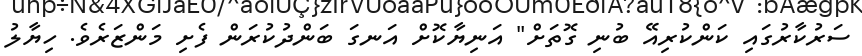
ސަރުކާރުގައި ކަންކުރިއޭ ބުނި ގޮތަށް" އަނިޔާކޮށް އަނގަ ބަންދުކުރަން ފެށި މަންޒަރެވެ. ހިޔާލު